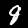
Digit: 8